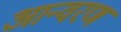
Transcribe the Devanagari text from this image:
आन्वरण